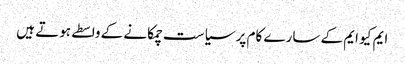
ایم کیو ایم کے سارے کام پر سیاست چمکانے کے واسطے ہوتے ہیں